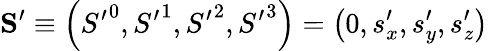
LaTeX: \mathbf{S}^{\prime}\equiv\left({S^{\prime}}^{0},{S^{\prime}}^{1},{S^{\prime}}^{2},{S^{\prime}}^{3}\right)=\left(0,s_{x}^{\prime},s_{y}^{\prime},s_{z}^{\prime}\right)